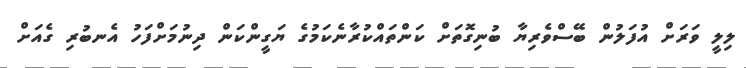
ލިލީ ވަރަށް އުފަލުން ބޭސްވެރިޔާ ބުނިގޮތަށް ކަންތައްކުރާނެކަމުގެ ޔަގީންކަން ދިނުމަށްފަހު އެނބުރި ގެއަށް